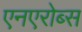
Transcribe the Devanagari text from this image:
एनएरोब्स